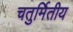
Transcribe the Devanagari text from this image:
चतुर्मितीय